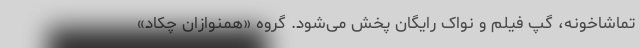
تماشاخونه، گپ فیلم و نواک رایگان پخش می‌شود. گروه «همنوازان چَکاد»